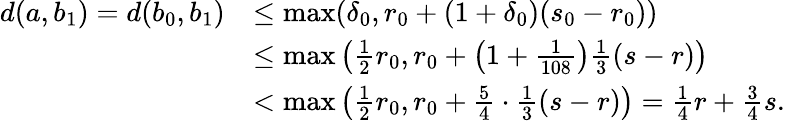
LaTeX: \begin{array}{rl}{d(a,b_{1})=d(b_{0},b_{1})}&{\leq\operatorname*{max}(\delta_{0},r_{0}+(1+\delta_{0})(s_{0}-r_{0}))}\\ &{\leq\operatorname*{max}\left(\frac{1}{2}r_{0},r_{0}+\left(1+\frac{1}{108}\right)\frac{1}{3}(s-r)\right)}\\ &{<\operatorname*{max}\left(\frac{1}{2}r_{0},r_{0}+\frac{5}{4}\cdot\frac{1}{3}(s-r)\right)=\frac{1}{4}r+\frac{3}{4}s.}\end{array}